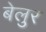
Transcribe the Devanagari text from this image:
बेलुर